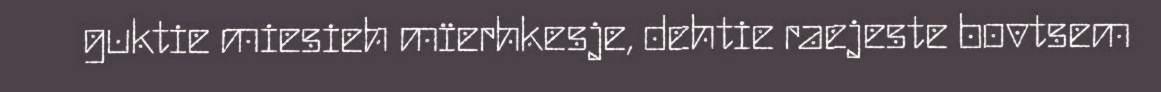
guktie miesieh mïerhkesje, dehtie raejeste bovtsem